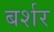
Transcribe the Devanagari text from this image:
बर्शर